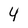
Character: 4